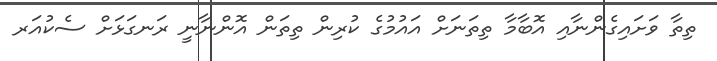
ތިތާ ވަށައިގެންނާއި އޮބާމާ ތިތަނަށް އައުމުގެ ކުރިން ތިތަން އޮންނާނީ ރަނގަޅަށް ސެކުއަރ